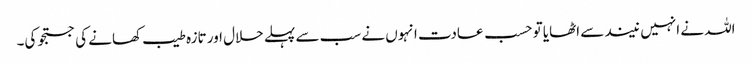
اللہ نے انہیں نیند سے اٹھایا تو حسب عادت انہوں نے سب سے پہلے حلال اور تازہ طیب کھانے کی جستجو کی۔